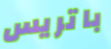
باتريس